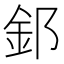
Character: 𫒉